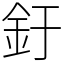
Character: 釪